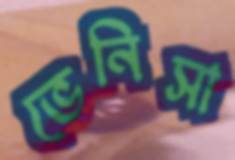
ভেনিসা